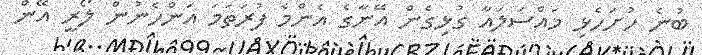
ބުނެ ހުށަހެޅި މައްސަލައާ ގުޅިގެން އޭނާގެ އެންމެ ފުރަތަމަ އަންހެނުން ލޯރީ އޭން